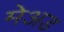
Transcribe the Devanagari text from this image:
मेअड